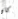
كان